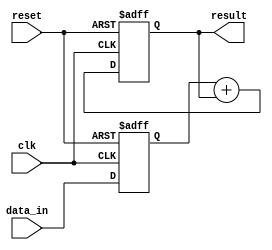
module ShiftAndAdd(
  input wire clk,
  input wire reset,
  input wire [7:0] data_in,
  output wire [15:0] result
);

reg [7:0] shift_reg;
reg [15:0] sum;

// Shift register logic
always @(posedge clk or posedge reset)
begin
  if (reset)
    shift_reg <= 8'b0;
  else
    shift_reg <= {shift_reg[6:0], data_in};
end

// Adder logic
always @(posedge clk or posedge reset)
begin
  if (reset)
    sum <= 16'b0;
  else
    sum <= shift_reg + sum;
end

assign result = sum;

endmodule